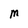
Character: M